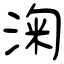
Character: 淗